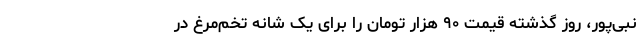
نبی‌پور، روز گذشته قیمت ۹۰ هزار تومان را برای یک شانه تخم‌مرغ در